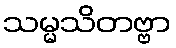
သမ္မသိတဗ္ဗာ